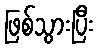
ဖြစ်သွားပြီး